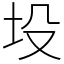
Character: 坄